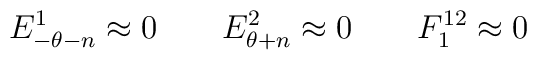
E^1_{-\theta-n}\approx{}0 \qquad   E^2_{\theta+n}\approx{}0\qquad  F^{12}_{1}\approx{}0